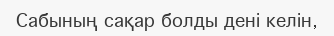
Сабының сақар болды дені келін,